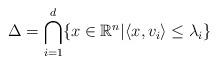
LaTeX: \begin{align*} \Delta=\bigcap_{i=1}^d\{x\in\mathbb{R}^n |\langle x,v_i\rangle\leq\lambda_i\}\end{align*}